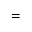
=